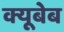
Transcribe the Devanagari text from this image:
क्यूबेब